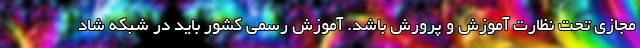
مجازی تحت نظارت آموزش و پرورش باشد. آموزش رسمی کشور باید در شبکه شاد